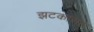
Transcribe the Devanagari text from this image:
झटकासह